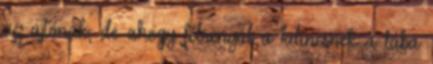
az ajtónak, de ahogy félrenyúl a kilincsnek a lába